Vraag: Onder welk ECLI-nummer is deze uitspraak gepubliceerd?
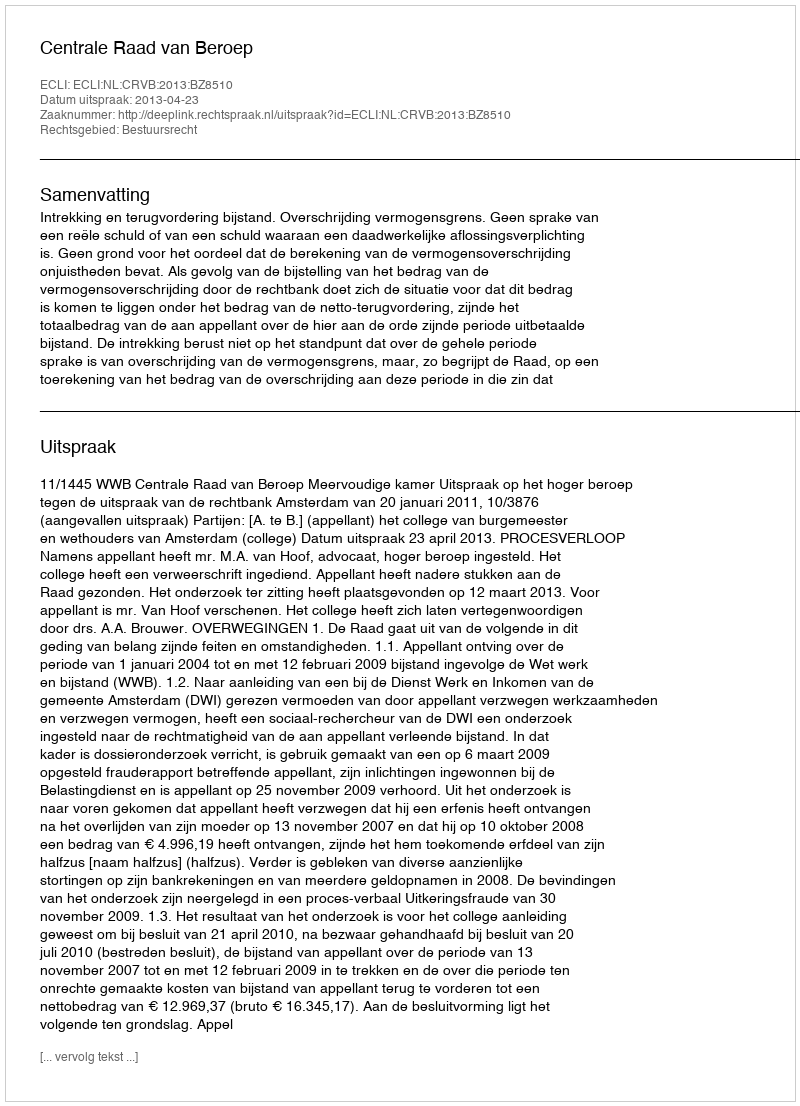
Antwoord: ECLI:NL:CRVB:2013:BZ8510